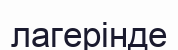
лагерінде